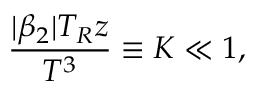
\frac { | \beta _ { 2 } | T _ { R } z } { T ^ { 3 } } \equiv K \ll 1 ,